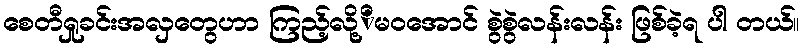
စေတီရှုခင်းအလှတွေဟာ ကြည့်လို့ိမဝအောင် စွဲစွဲလန်းလန်း ဖြစ်ခဲ့ရ ပါ တယ်။